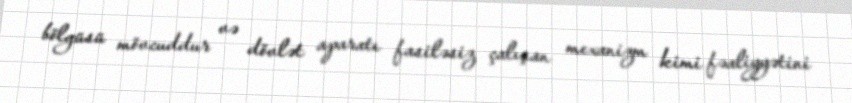
bölgüsü mövcuddur və dövlət aparatı fasiləsiz çalışan mexanizm kimi fəaliyyətini